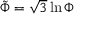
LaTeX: { \tilde { \Phi } } = { \sqrt { 3 } } \ln { \Phi }